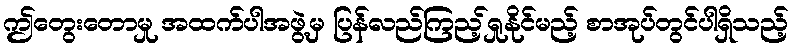
ဤတွေးတောမှု အထက်ပါအဖွဲ့မှ ပြန်လည်ကြည့်ရှုနိုင်မည့် စာအုပ်တွင်ပါရှိသည့်